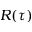
R ( \tau )